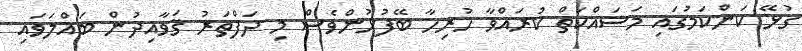
ގުޅޭ ކަންކަމުގައި މަސައްކަތް ކުރައްވާ ހުރިހާ ބޭފުޅުންވެސް މި ދަފްތަރު ޤަވާއިދުން ބައްލަވައި